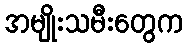
အမျိုးသမီးတွေက